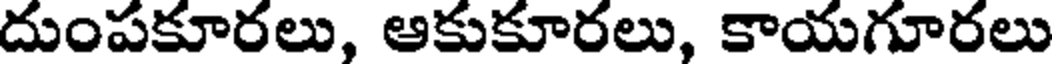
దుంపకూరలు, ఆకుకూరలు, కాయగూరలు